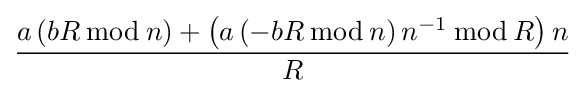
{\frac {a\left(bR\,{\bmod {\,}}n\right)+\left(a\left(-bR\,{\bmod {\,}}n\right)n^{-1}\,{\bmod {\,}}R\right)n}{R}}